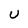
Character: U